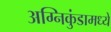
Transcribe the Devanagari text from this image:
अग्निकुंडामध्ये